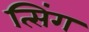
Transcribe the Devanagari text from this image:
त्सिंग